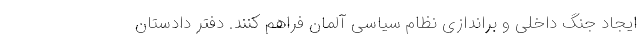
ایجاد جنگ داخلی و براندازی نظام سیاسی آلمان فراهم کنند. دفتر دادستان